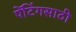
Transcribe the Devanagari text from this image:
पेंटिंगसाठी